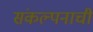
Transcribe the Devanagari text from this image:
संकल्पनाची